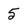
Character: 5